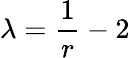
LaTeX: \lambda=\frac{1}{r}-2